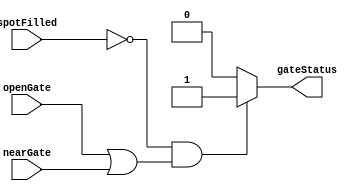
module gate(spotFilled,openGate,nearGate,gateStatus);

	input spotFilled;
	input openGate;
	input nearGate;
	output gateStatus;
	reg gateStatus;

	always @ (spotFilled, openGate, nearGate) begin
	if((spotFilled == 0) && ((openGate == 1) || (nearGate == 1)))
		gateStatus = 1;
	else 
		gateStatus = 0;
	end
endmodule